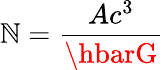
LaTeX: \mathbb{N}={\frac{{Ac^{3}}}{{\hbarG}}}